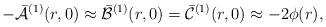
LaTeX: \begin{align*}-\bar{\cal A}{}^{(1)}(r,0)\approx \bar{\cal B}{}^{(1)}(r,0) =\bar{\cal C}{}^{(1)}(r,0)\approx -2\phi(r),\end{align*}